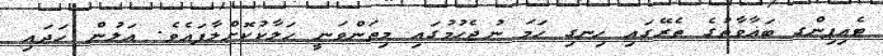
ޓެއިޕިންގ ބަޣާވާތުގެ ތެރޭގައި ހިނގި ހަމަ ނުޖެހުމުގައި މިތަންވަނީ ހަލާކުކޮށްލާފައެވެ. އަލުން ހަދައި